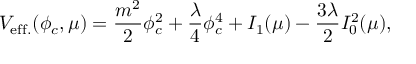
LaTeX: V _ { \mathrm { e f f . } } ( \phi _ { c } , \mu ) = \frac { m ^ { 2 } } { 2 } \phi _ { c } ^ { 2 } + \frac { \lambda } { 4 } \phi _ { c } ^ { 4 } + I _ { 1 } ( \mu ) - \frac { 3 \lambda } { 2 } I _ { 0 } ^ { 2 } ( \mu ) ,